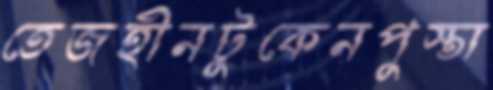
তেজহীনটুকেনপুস্তা